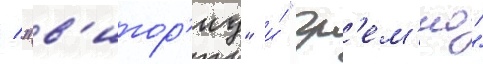
/ "в'итор'иу" и́ "гр'ем'ио"